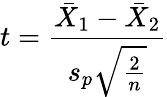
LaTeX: t={\frac{{\bar{X}}_{1}-{\bar{X}}_{2}}{s_{p}{\sqrt{\frac{2}{n}}}}}